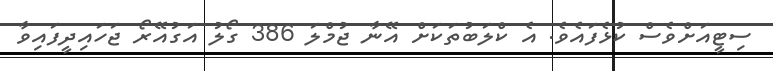
ސިޓީއަށްވެސް ކުޅެފައެވެ. އެ ކްލަބުތަކަށް އޭނާ ޖުމްލަ 386 ގޯލު އަގުއޭރޯ ޖަހައިދީފައިވާ